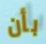
بأن